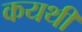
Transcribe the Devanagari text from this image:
कयथी